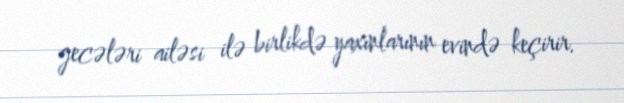
gecələri ailəsi ilə birlikdə yaxınlarının evində keçirir.